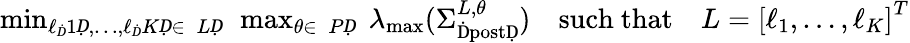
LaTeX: \begin{array}{r}{\operatorname*{min}_{\ell_{Ḋ}1Ḍ,\dots,\ell_{Ḋ}KḌ\in\mathcal ḊLḌ}~\operatorname*{max}_{\theta\in\mathcal ḊPḌ}~\lambda_{\operatorname*{max}}(\Sigma_{\mathrm{ḊpostḌ}}^{L,\theta})\quad\mathrm{such~that}\quad L=\left[\ell_{1},\dots,\ell_{K}\right]^{T}}\end{array}